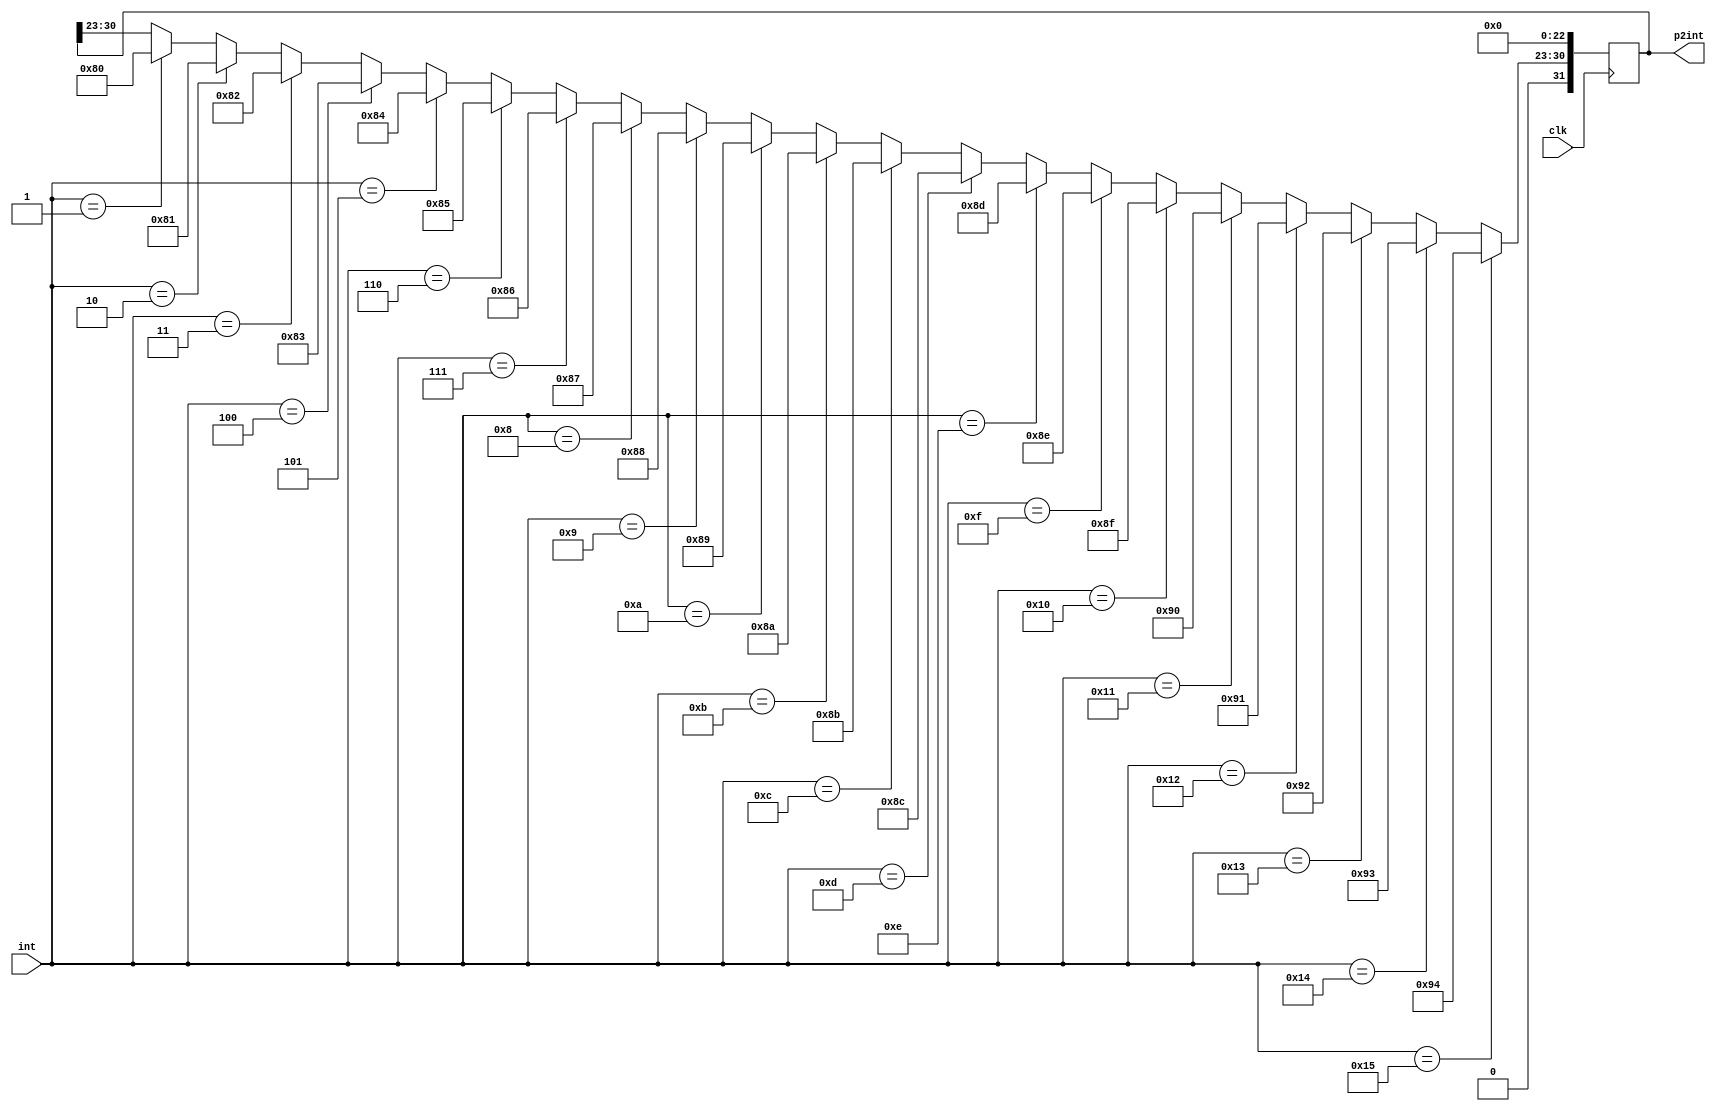
`timescale 1ns / 1ps
//////////////////////////////////////////////////////////////////////////////////
// Company: 
// Engineer: 
// 
// Design Name: 
// Module Name: power_2_int
// Project Name: 
// Target Devices: 
// Tool Versions: 
// Description: 
// 
// Dependencies: 
// 
// Revision:
// Revision 0.01 - File Created
// Additional Comments:
// 
//////////////////////////////////////////////////////////////////////////////////


module power_2_int(int,p2int,clk);
input [31:0] int;
input clk;
output reg [31:0] p2int;

always@(posedge clk)
begin
p2int[31]=0;
p2int[22:0]=0;
if(int==1)
p2int[30:23]=127+1;
if(int==2)
p2int[30:23]=127+2;
if(int==3)
p2int[30:23]=127+3;
if(int==4)
p2int[30:23]=127+4;
if(int==5)
p2int[30:23]=127+5;
if(int==6)
p2int[30:23]=127+6;
if(int==7)
p2int[30:23]=127+7;
if(int==8)
p2int[30:23]=127+8;
if(int==9)
p2int[30:23]=127+9;
if(int==10)
p2int[30:23]=127+10;
if(int==11)
p2int[30:23]=127+11;
if(int==12)
p2int[30:23]=127+12;
if(int==13)
p2int[30:23]=127+13;
if(int==14)
p2int[30:23]=127+14;
if(int==15)
p2int[30:23]=127+15;
if(int==16)
p2int[30:23]=127+16;
if(int==17)
p2int[30:23]=127+17;
if(int==18)
p2int[30:23]=127+18;
if(int==19)
p2int[30:23]=127+19;
if(int==20)
p2int[30:23]=127+20;
if(int==21)
p2int[30:23]=148;
end

endmodule